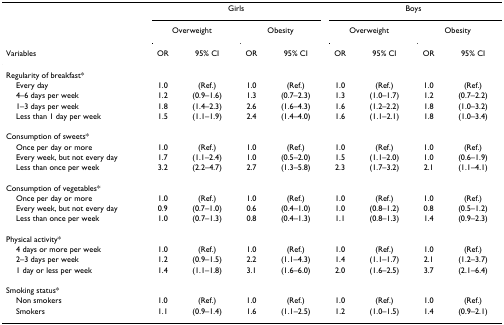
<table><thead><tr><td>[EMPTY_CELL]</td><td colspan="4"><b>Girls</b></td><td colspan="4"><b>Boys</b></td></tr><tr><td>[EMPTY_CELL]</td><td colspan="2"><b>Overweight</b></td><td colspan="2"><b>Obesity</b></td><td colspan="2"><b>Overweight</b></td><td colspan="2"><b>Obesity</b></td></tr><tr><td><b>Variables</b></td><td><b>OR</b></td><td><b>95% CI</b></td><td><b>OR</b></td><td><b>95% CI</b></td><td><b>OR</b></td><td><b>95% CI</b></td><td><b>OR</b></td><td><b>95% CI</b></td></tr></thead><tbody><tr><td>Regularity of breakfast*</td><td>[EMPTY_CELL]</td><td>[EMPTY_CELL]</td><td>[EMPTY_CELL]</td><td>[EMPTY_CELL]</td><td>[EMPTY_CELL]</td><td>[EMPTY_CELL]</td><td>[EMPTY_CELL]</td><td>[EMPTY_CELL]</td></tr><tr><td> Every day</td><td>1.0</td><td>(Ref.)</td><td>1.0</td><td>(Ref.)</td><td>1.0</td><td>(Ref.)</td><td>1.0</td><td>(Ref.)</td></tr><tr><td> 4–6 days per week</td><td>1.2</td><td>(0.9–1.6)</td><td>1.3</td><td>(0.7–2.3)</td><td>1.3</td><td>(1.0–1.7)</td><td>1.2</td><td>(0.7–2.2)</td></tr><tr><td> 1–3 days per week</td><td>1.8</td><td>(1.4–2.3)</td><td>2.6</td><td>(1.6–4.3)</td><td>1.6</td><td>(1.2–2.2)</td><td>1.8</td><td>(1.0–3.2)</td></tr><tr><td> Less than 1 day per week</td><td>1.5</td><td>(1.1–1.9)</td><td>2.4</td><td>(1.4–4.0)</td><td>1.6</td><td>(1.1–2.1)</td><td>1.8</td><td>(1.0–3.4)</td></tr><tr><td>Consumption of sweets*</td><td>[EMPTY_CELL]</td><td>[EMPTY_CELL]</td><td>[EMPTY_CELL]</td><td>[EMPTY_CELL]</td><td>[EMPTY_CELL]</td><td>[EMPTY_CELL]</td><td>[EMPTY_CELL]</td><td>[EMPTY_CELL]</td></tr><tr><td> Once per day or more</td><td>1.0</td><td>(Ref.)</td><td>1.0</td><td>(Ref.)</td><td>1.0</td><td>(Ref.)</td><td>1.0</td><td>(Ref.)</td></tr><tr><td> Every week, but not every day</td><td>1.7</td><td>(1.1–2.4)</td><td>1.0</td><td>(0.5–2.0)</td><td>1.5</td><td>(1.1–2.0)</td><td>1.0</td><td>(0.6–1.9)</td></tr><tr><td> Less than once per week</td><td>3.2</td><td>(2.2–4.7)</td><td>2.7</td><td>(1.3–5.8)</td><td>2.3</td><td>(1.7–3.2)</td><td>2.1</td><td>(1.1–4.1)</td></tr><tr><td>Consumption of vegetables*</td><td>[EMPTY_CELL]</td><td>[EMPTY_CELL]</td><td>[EMPTY_CELL]</td><td>[EMPTY_CELL]</td><td>[EMPTY_CELL]</td><td>[EMPTY_CELL]</td><td>[EMPTY_CELL]</td><td>[EMPTY_CELL]</td></tr><tr><td> Once per day or more</td><td>1.0</td><td>(Ref.)</td><td>1.0</td><td>(Ref.)</td><td>1.0</td><td>(Ref.)</td><td>1.0</td><td>(Ref.)</td></tr><tr><td> Every week, but not every day</td><td>0.9</td><td>(0.7–1.0)</td><td>0.6</td><td>(0.4–1.0)</td><td>1.0</td><td>(0.8–1.2)</td><td>0.8</td><td>(0.5–1.2)</td></tr><tr><td> Less than once per week</td><td>1.0</td><td>(0.7–1.3)</td><td>0.8</td><td>(0.4–1.3)</td><td>1.1</td><td>(0.8–1.3)</td><td>1.4</td><td>(0.9–2.3)</td></tr><tr><td>Physical activity*</td><td>[EMPTY_CELL]</td><td>[EMPTY_CELL]</td><td>[EMPTY_CELL]</td><td>[EMPTY_CELL]</td><td>[EMPTY_CELL]</td><td>[EMPTY_CELL]</td><td>[EMPTY_CELL]</td><td>[EMPTY_CELL]</td></tr><tr><td> 4 days or more per week</td><td>1.0</td><td>(Ref.)</td><td>1.0</td><td>(Ref.)</td><td>1.0</td><td>(Ref.)</td><td>1.0</td><td>(Ref.)</td></tr><tr><td> 2–3 days per week</td><td>1.2</td><td>(0.9–1.5)</td><td>2.2</td><td>(1.1–4.3)</td><td>1.4</td><td>(1.1–1.7)</td><td>2.1</td><td>(1.2–3.7)</td></tr><tr><td> 1 day or less per week</td><td>1.4</td><td>(1.1–1.8)</td><td>3.1</td><td>(1.6–6.0)</td><td>2.0</td><td>(1.6–2.5)</td><td>3.7</td><td>(2.1–6.4)</td></tr><tr><td>Smoking status*</td><td>[EMPTY_CELL]</td><td>[EMPTY_CELL]</td><td>[EMPTY_CELL]</td><td>[EMPTY_CELL]</td><td>[EMPTY_CELL]</td><td>[EMPTY_CELL]</td><td>[EMPTY_CELL]</td><td>[EMPTY_CELL]</td></tr><tr><td> Non smokers</td><td>1.0</td><td>(Ref.)</td><td>1.0</td><td>(Ref.)</td><td>1.0</td><td>(Ref.)</td><td>1.0</td><td>(Ref.)</td></tr><tr><td> Smokers</td><td>1.1</td><td>(0.9–1.4)</td><td>1.6</td><td>(1.1–2.5)</td><td>1.2</td><td>(1.0–1.5)</td><td>1.4</td><td>(0.9–2.1)</td></tr></tbody></table>